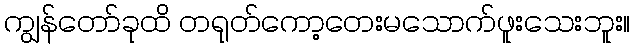
ကျွန်တော်ခုထိ တရုတ်ကော့တေးမသောက်ဖူးသေးဘူး။